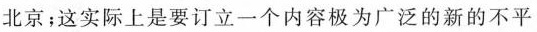
北京；这实际上是要订立一个内容极为广泛的新的不平